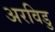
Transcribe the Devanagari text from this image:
अरविडु